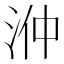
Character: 㳞